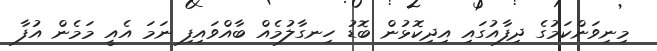
މިނިވަންކަމުގެ ދިފާއުގައި އިދިކޮޅުން ބޮޑު ހިނގާލުމެއް ބާއްވައިފި ނަމަ އެއީ މަމެން އުފާ